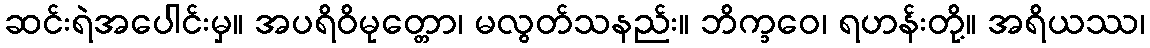
ဆင်းရဲအပေါင်းမှ။ အပရိဝိမုတ္တော၊ မလွတ်သနည်း။ ဘိက္ခဝေ၊ ရဟန်းတို့။ အရိယဿ၊